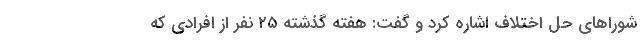
شورا‌های حل اختلاف اشاره کرد و گفت: هفته گذشته ۲۵ نفر از افرادی که